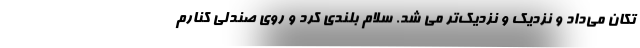
تکان می‌داد و نزدیک و نزدیک‌تر می شد. سلام بلندی کرد و روی صندلی کنارم